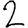
Digit: 2